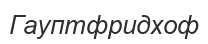
Гауптфридхоф